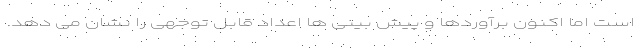
است اما اکنون برآوردها و پیش بینی ها اعداد قابل توجهی را نشان می دهد.